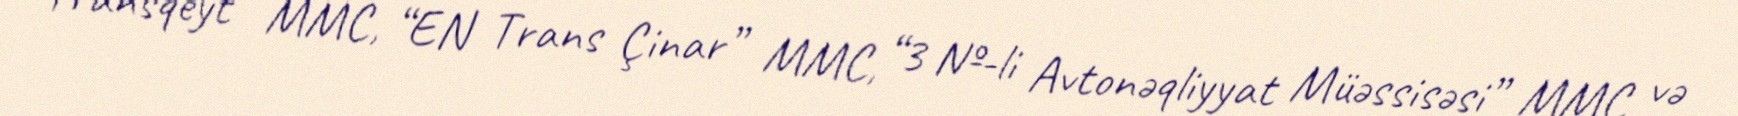
“Transqeyt” MMC, “EN Trans Çinar” MMC, “3 №-li Avtonəqliyyat Müəssisəsi” MMC və